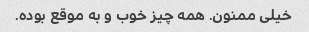
خیلی ممنون. همه چیز خوب و به موقع بوده.